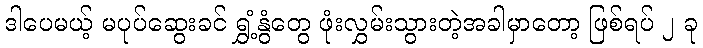
ဒါပေမယ့် မပုပ်ဆွေးခင် ရွှံ့နွံတွေ ဖုံးလွှမ်းသွားတဲ့အခါမှာတော့ ဖြစ်ရပ် ၂ ခု